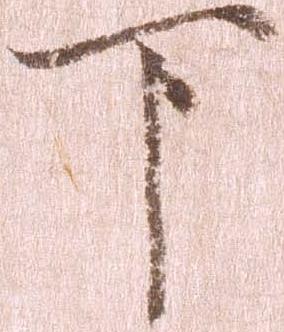
下